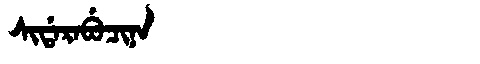
Manchu: ᠰᡳᡩᠠᡵᠠᠪᡠᠴᡳᠨᠠ
Romanization: SIDARABUCINA